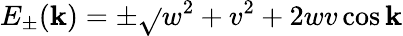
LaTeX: E_{\pm}(\mathbf{k})=\pm\sqrt{}{{w^{2}+v^{2}+2wv\cos\mathbf{k}}}